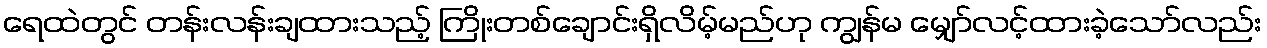
ရေထဲတွင် တန်းလန်းချထားသည့် ကြိုးတစ်ချောင်းရှိလိမ့်မည်ဟု ကျွန်မ မျှော်လင့်ထားခဲ့သော်လည်း